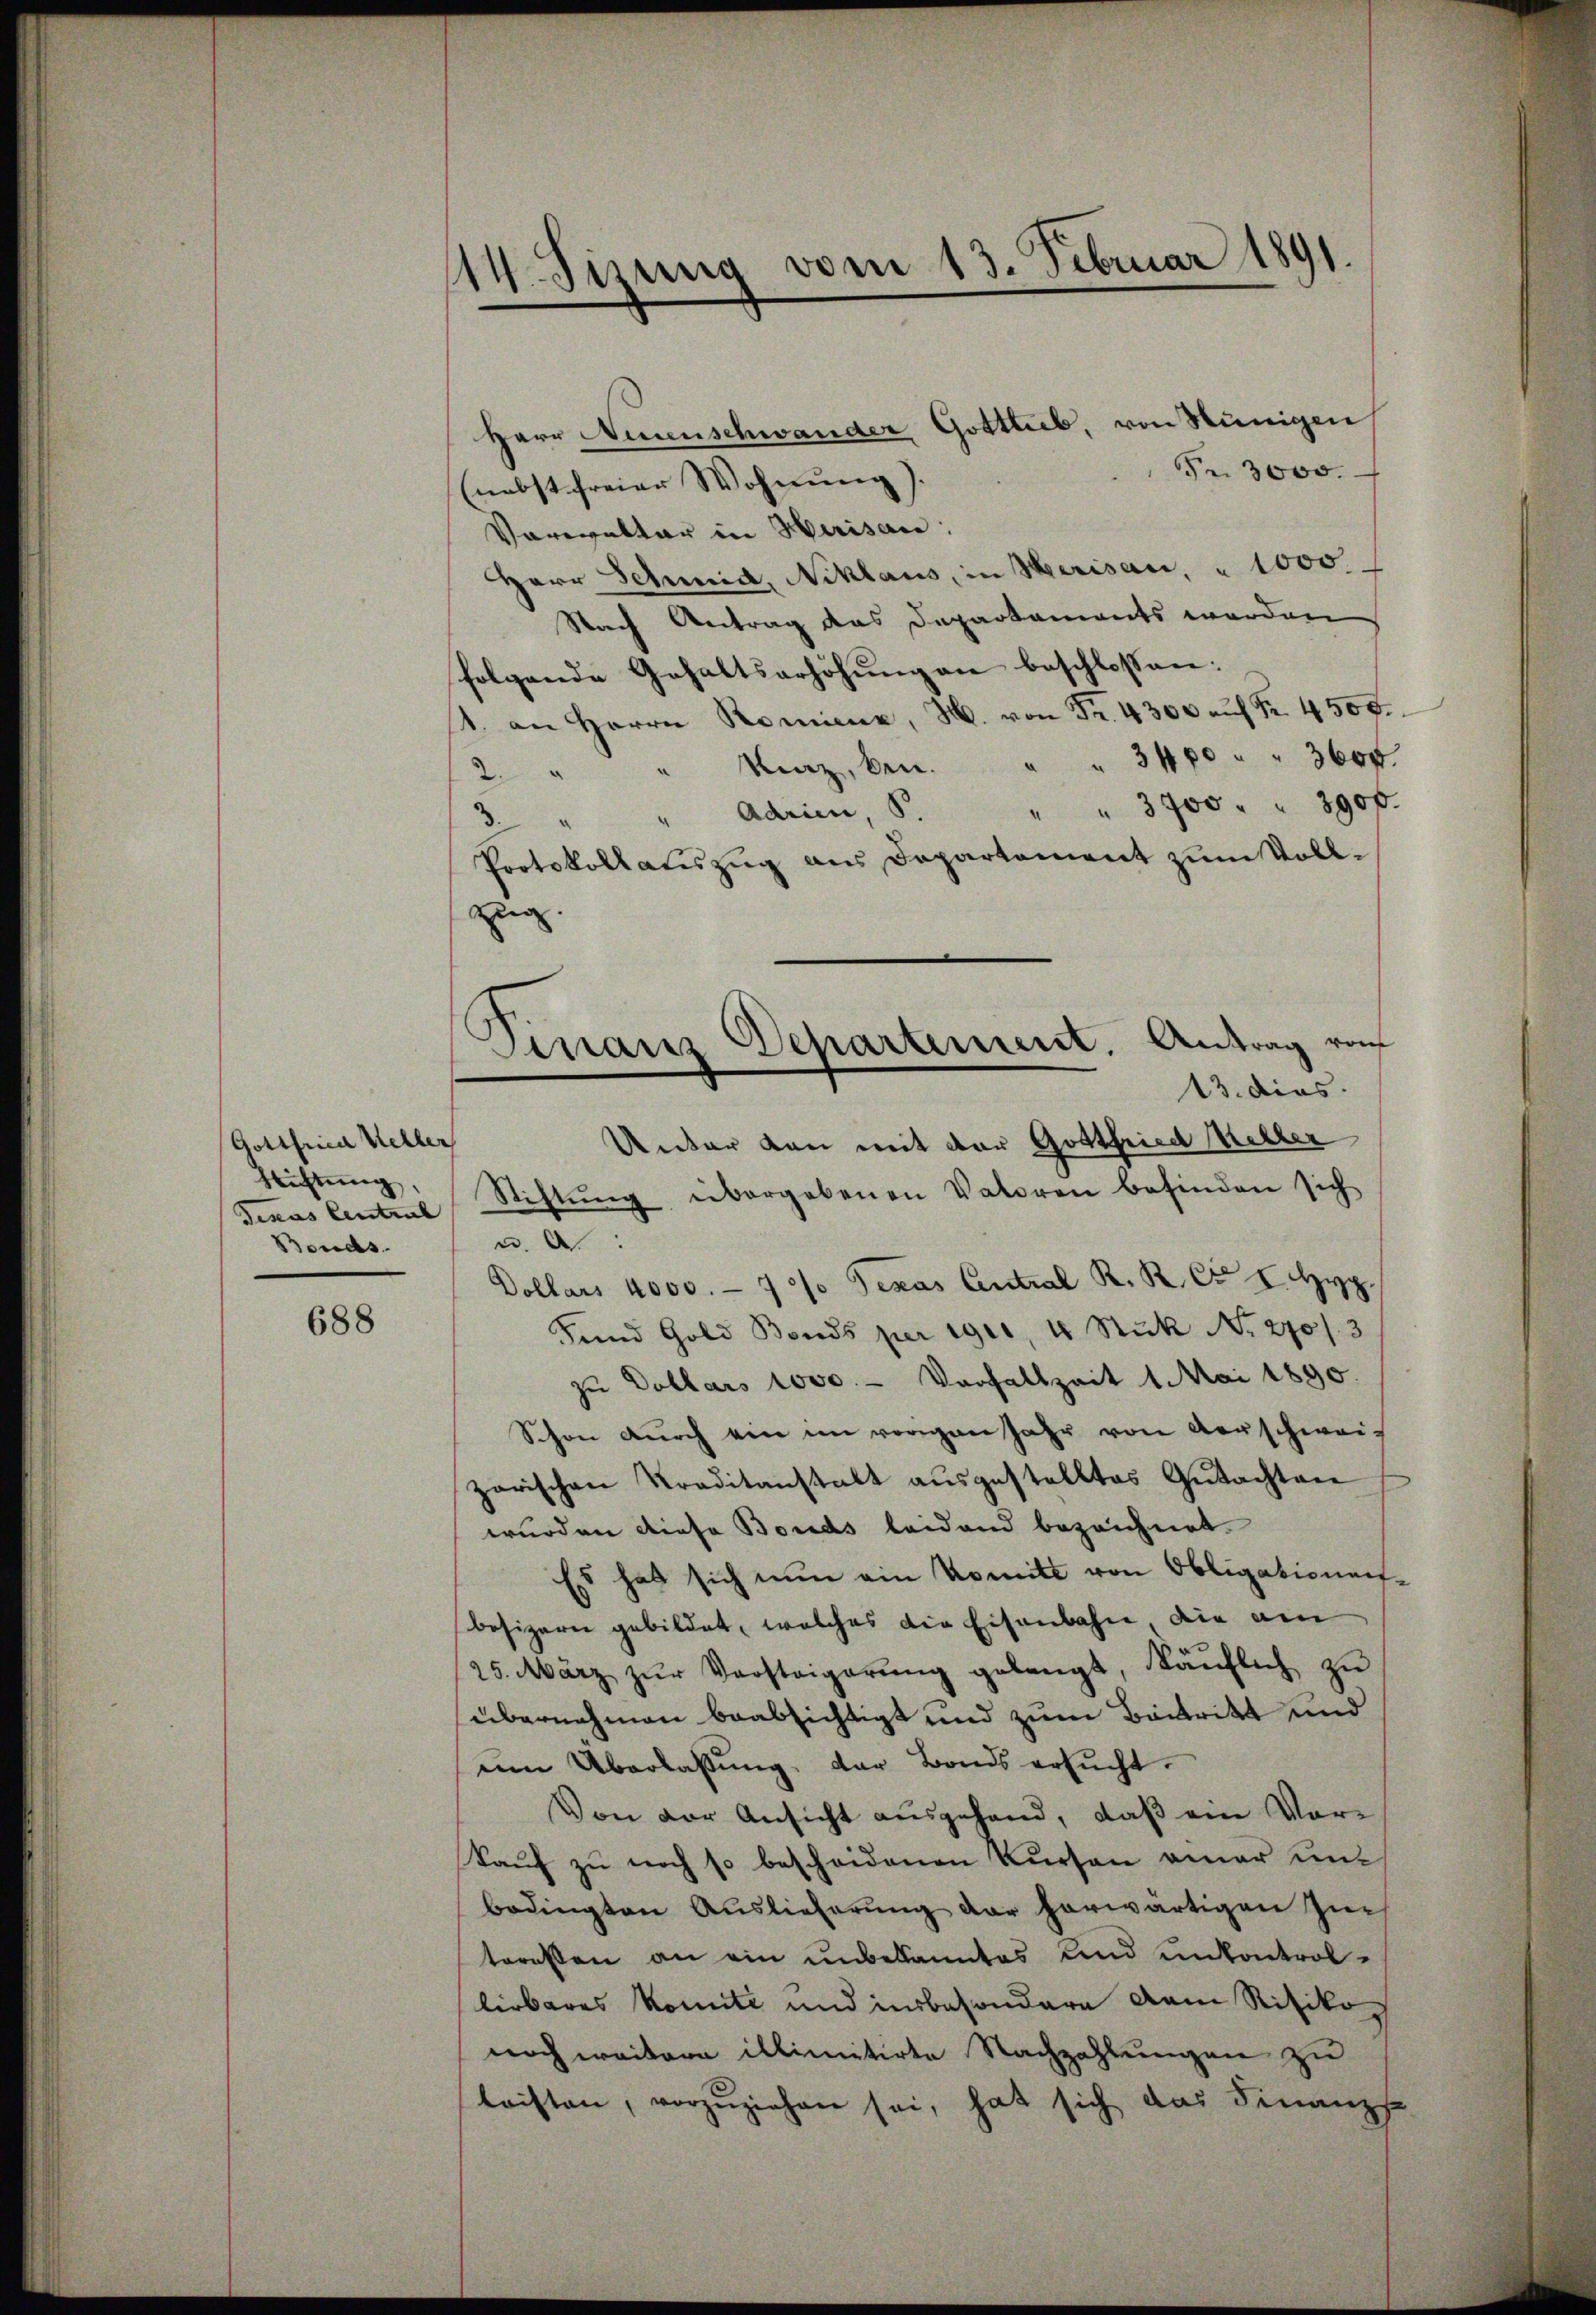
Gottfrica Weller
Richtung,
Texas Central
Bonds.

688

14. Sisung vom 13. Februar 1891.

Herr Neuenschwander Gotttub, von Sünigen
Fr. 3000.
(nebst freier Wohnung). |
Vorwaltar in Herisau:
Herr Schmid, Niklaus, in Merisau, " 1000.
Nach Antrag das Departaments werden
folgende Gehaltserhöhung an beschlossen:
1. an Herrn Romienz, M. von Fr. 4300 aŭf Fr. 4500.
2. " " Kraz, ben. " " 3400 " " 3600.
¬
" " 3700 " " 3900.
Adrien, S.
“
Protokollauszug aus Departement zum Vollzug
Unter von mit der Gottfried Keller
Stiftŭng übergebenen Vatoren befinden sich
u. A.
Dollars 4000.- 7 % Texas Antral R. R. Ct. I. Hyp
Fund Gold Bonds per 1901, 4 Stuk No. 270 f. 3
zu Dollars 1000. - Vorfallzeit 1 Mai 1890.
Schon durch ein im vorigen Jahr von Vorschwei-
zorischen Traditanstalt aŭsgestelltes Gutachten
wurden diese Bonds leidend bezeichnet.
Es hat sich nun ein Komitt von Obligationenbesizern gebildet, welches die Eisenbahn, die am
25. März zŭr Versteigerŭng gelangt, Käŭflich zŭ
übernehmen beabsichtigt und zum Backtritt und
um Überlassung, der Bonds ersucht.
Von der Ansicht ausgehand, daß ein Vor¬
Kauf zu noch so bescheidenen Kursen einer un
bedingten Auslieferung der herwärtigen Zuteressen an ein unbekanntes und unkontrollirbares konnte und insbesondere dem Ritiko
noch weitere illimitirte Nachzahlungen zu
triften, vorzŭziehen sei, hat sich das Finanz-

Finanz-Departement. Antrag von
13. dies